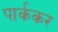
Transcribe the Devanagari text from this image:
पार्ककर